Annual statistical returns and brief notes on vaccination in Bengal - 1909-1929
Year: 1909
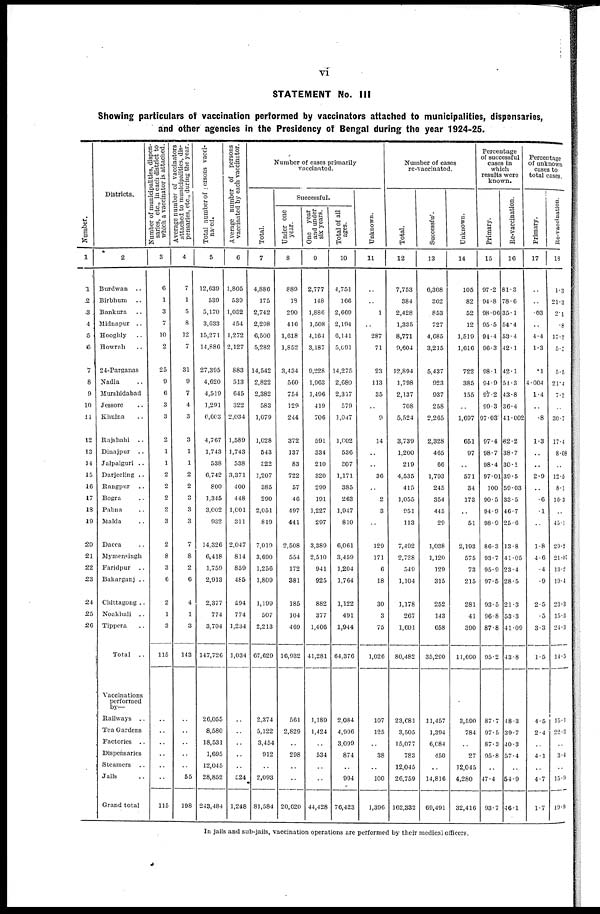
vi
STATEMENT No. III
Showing particulars of vaccination performed by vaccinators attached to municipalities, dispensaries,
and other agencies in the Presidency of Bengal during the year 1924-25.
Number.
1
1
2
3
4
5
6
7
8
9
10
11
12
13
14
15
16
17
18
19
20
21
22
23
24
25
26
Districts.
2
Burdwan ..
Birbhum
..
Bankura ..
Midnapur ..
Hooghly ..
Howrah ..
24-Parganas
Nadia ..
Murshidabad
Jessore ..
Khulna ..
Rajshahi
..
Dinajpur
..
Jalpaiguri ..
Darjeeling ..
Bangpur ..
Bogra ..
Pabna ..
Malda ..
Dacca ..
Mymensingh
Faridpur ..
Bakarganj ..
Chittagong ..
Noakhali ..
Tippera ..
Total ..
Vaccinations
performed
by—
Railways ..
Tea Gardens
Factories .
Dispensaries
Steamers ..
Jails ..
Grand total
Number of municipalities, dispen-
saries, etc., in each district to
which a vaccinator is attached.
3
6
1
3
7
10
2
25
9
6
3
3
2
1
1
2
2
2
2
3
2
8
3
6
2
1
3
115
..
..
..
..
..
..
115
Average number of vaccinators
attached to municipalities, dis-
pensaries, etc., during the year.
4
7
1
5
8
12
7
31
9
7
4
3
3
1
1
2
2
3
3
3
7
8
2
6
4
1
3
143
..
..
..
..
..
55
198
Total number of persons vacci-
nated.
5
12,639
539
5,170
3,633
15,271
14,886
27,395
4,620
4,519
1,291
6,603
4,767
1,743
538
6,742
800
1,345
3,002
932
14,326
6,418
1,759
2,913
2,377
774
3,704
147,726
26,055
8,580
18,531
1,695
12,045
28,852
243,484
Average number of persons
vaccinated by each vaccinator.
6
1,805
539
1,032
454
1,272
2,127
883
513
645
322
2,034
1,589
1,743
538
3,371
400
448
1,001
311
2,047
814
859
485
594
774
1,234
1,034
..
..
..
..
..
524
1,248
Number of cases primarily
vaccinated.
Total.
7
4,886
175
2,742
2,298
6,500
5,282
14,542
2,822
2,382
583
1,079
1,028
543
322
1,207
385
290
2,051
819
7,019
3,690
1,256
1,809
1,199
507
2,213
67,629
2,374
5,122
3,454
912
..
2,093
81,584
Successful.
Under one
year.
8
889
18
290
416
1,618
1,852
3,434
560
754
129
244
372
137
83
722
57
46
497
441
2,508
554
172
381
185
104
469
16,932
561
2,829
..
298
..
..
20,620
One year
and under
six years.
9
2,777
148
1,886
1,508
4,164
3,187
9,228
1,963
1,496
419
706
591
334
210
320
299
191
1,227
297
3,389
2,510
941
925
882
377
1,406
41,281
1,189
1,424
..
534
..
..
44,428
Total of all
ages.
10
4,751
166
2,669
2,194
6,141
5,091
14,275
2,680
2,317
579
1,047
1,002
536
307
1,171
385
263
1,947
810
6,061
3,459
1,204
1,764
1,122
491
1,944
64,376
2,084
4,996
3,099
874
..
994
76,423
Unknown.
11
..
..
1
..
287
71
23
113
35
..
9
14
..
..
36
..
2
3
..
129
171
6
18
30
3
75
1,026
107
125
..
38
..
100
1,396
Number of cases
re-vaccinated.
Total.
12
7,753
384
2,428
1,335
8,771
9,604
12,894
1,798
2,137
708
5,524
3,739
1,200
219
4,535
415
1,055
951
113
7,492
2,728
549
1,104
1,178
267
1,601
80,482
23,081
3,505
15,077
783
12,045
26,759
162,332
Successful.
13
6,308
302
853
727
4,685
3,215
5,437
923
937
258
2,265
2,328
465
66
1,793
245
354
445
29
1,038
1,120
129
315
252
143
658
35,290
11,457
1,394
6,084
450
..
14,816
69,491
Unknown.
14
105
82
52
12
1,519
1,616
722
385
155
..
1,697
651
97
..
571
34
173
..
51
2,193
575
73
215
281
41
390
11,690
3,590
784
..
27
12,045
4,280
32,416
Percentage
of successful
cases in
which
results were
known.
Primary.
15
97.2
94.8
98.06
95.5
94.4
96.3
98.1
94.9
97.2
99.3
97.03
97.4
98.7
98.4
97.01
100
90.5
94.9
98.9
86.3
93.7
95.9
97.5
93.5
96.8
87.8
95.2
87.7
97.5
87.3
95.8
..
47.4
93.7
Re-vaccination.
16
81.3
78.6
35.1
54.4
53.4
42.1
42.1
51.3
43.8
36.4
41.002
62.2
38.7
30.1
30.5
59.03
33.5
46.7
25.6
13.8
41.05
23.4
28.5
21.3
53.3
41.09
43.8
48.3
39.7
40.3
57.4
..
54.9
46.1
Percentage
of unknown
cases to
total cases.
Primary.
17
..
..
.03
..
4.4
1.3
.1
4.004
1.4
..
.8
1.3
..
..
2.9
..
.6
.1
..
1.8
4.6
.4
.9
2.5
.5
3.3
1.5
4.5
2.4
..
4.1
..
4.7
1.7
Re-vaccination.
18
1.3
21.3
2.1
.8
17.3
5.3
5.5
21.4
7.2
..
30.7
17.4
8.08
..
12.5
8.1
16.3
..
45.1
29.2
21.07
13.2
19.4
23.3
15.3
24.3
14.5
15.1
22.3
..
3.4
..
15.9
19.0
In jails and sub-jails, vaccination operations are performed by their medical officers.